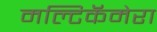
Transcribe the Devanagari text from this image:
मल्टिकॅमेरा